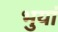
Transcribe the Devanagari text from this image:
भुयां